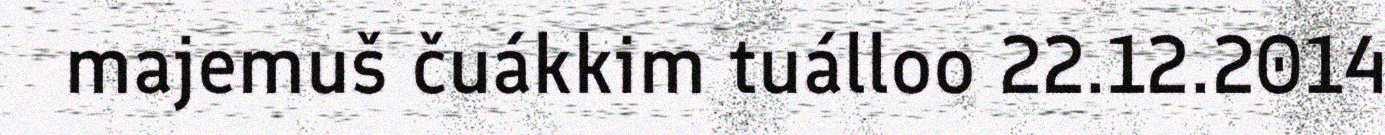
majemuš čuákkim tuálloo 22.12.2014